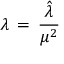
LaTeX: \lambda \, = \, { \frac { \hat { \lambda } } { \mu ^ { 2 } } }